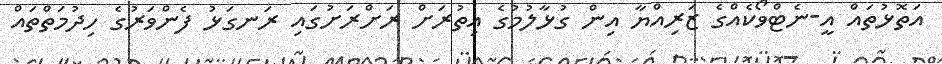
އަތޮޅުތައް އީ-ނެޓްވޯކެއްގެ ޒަރިއްޔާ އިން ގުޅާލުމުގެ އިތުރަށް ރަށްރަށުގައި ރަނގަޅު ފެންވަރުގެ ހިދުމަތްތައް